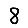
Digit: 8